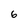
Character: 6